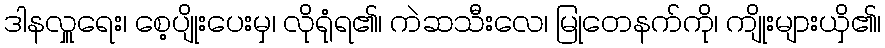
ဒါနလှူရေး၊ စေ့ပျိုးပေးမှ၊ လိုရုံရ၏၊ ကဲဆသီးလေ၊ မြုတေနက်ကို၊ ကျိုးများယှိ၏၊